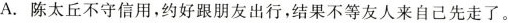
A.陈太丘不守信用，约好跟朋友出行，结果不等友人来自己先走了。